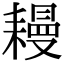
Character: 𦔔